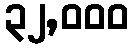
၃၂,၀၀၀